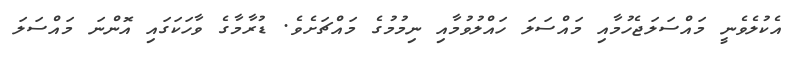
އެކުލެވެނީ މައްސަލަޖެހުމާއި މައްސަލަ ހައްލުވުމާއި ނިމުމުގެ މައްޗަށެވެ. ޑުރާމާގެ ވާހަކަގައި އޮންނަ މައްސަލަ